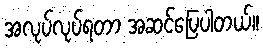
အလုပ်လုပ်ရတာ အဆင်ပြေပါတယ်။